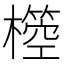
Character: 𣝃